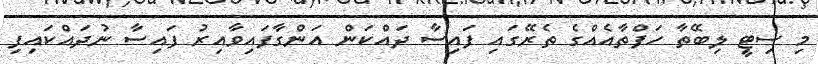
މި ސިޓީ ލިބޭތާ ހަފްތާއެއްގެ ތެރޭގައި ފައިސާ ދައްކަން އަންގާފައިވާއިރު ފައިސާ ނުދައްކައިފި